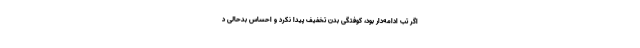
اگر تب ادامه‌دار بود، کوفتگی بدن تخفیف پیدا نکرد و احساس بدحالی د